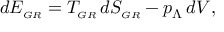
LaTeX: d { \cal E } _ { \sc \scriptscriptstyle G R } = T _ { \sc \scriptscriptstyle G R } \, d S _ { \sc \scriptscriptstyle G R } - p _ { \Lambda } \, d V ,